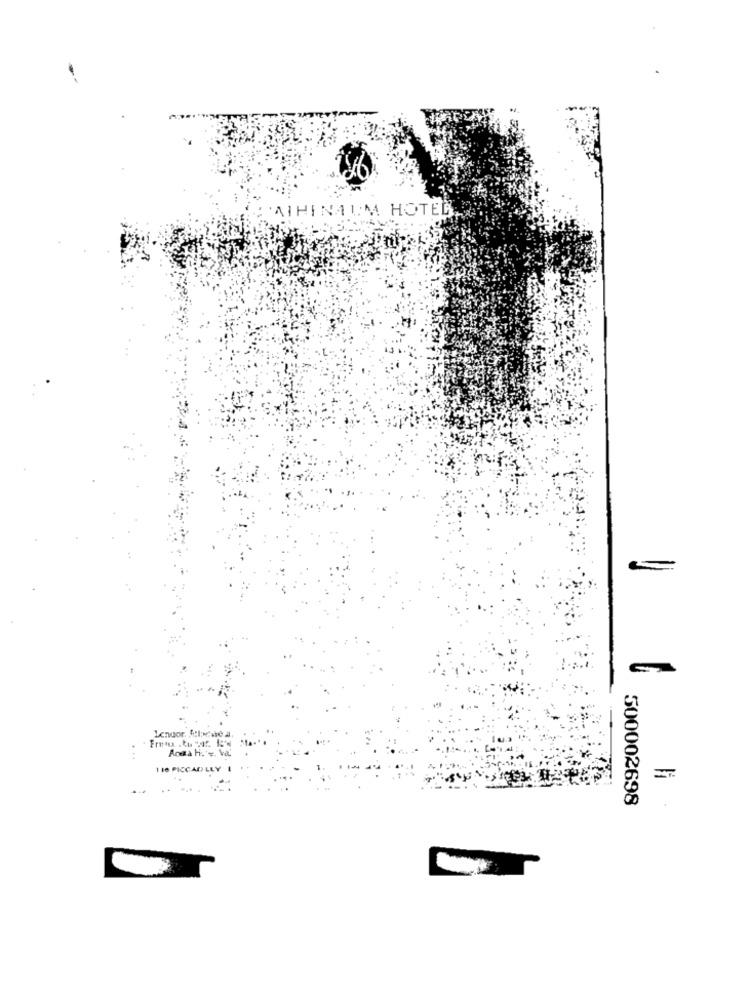
ATHINAUM HOTEL
Lendor, 5l :: wie a
Anda
1 10 PICC
500002698